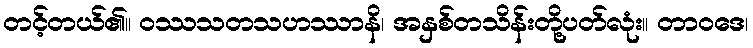
တင့်တယ်၏။ ဝဿသတသဟဿာနိ၊ အနှစ်တသိန်းတို့ပတ်လုံး။ တာဝဒေ၊